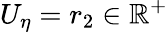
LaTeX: U_{\eta}=r_{2}\in\mathbb{R}^{+}